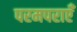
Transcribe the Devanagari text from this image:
परमपराएँ